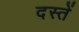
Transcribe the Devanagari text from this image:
दस्तें